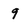
Character: 9